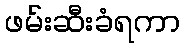
ဖမ်းဆီးခံရကာ